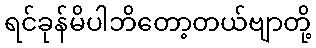
ရင်ခုန်မိပါဘိတော့တယ်ဗျာတို့